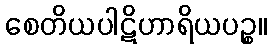
စေတိယပါဋိဟာရိယပဉ္စ။